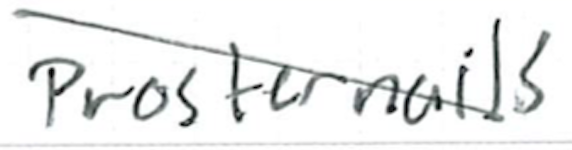
Text: prosternalis
Cross-out: diagonal
Writing tool: ballpoint